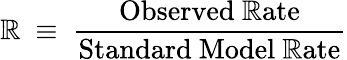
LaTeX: \mathbb{R}~\equiv~\frac{{\mathrm{{Observed~\mathbb{R}ate}}}}{{\mathrm{{Standard~Model~\mathbb{R}ate}}}}